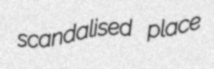
scandalised place